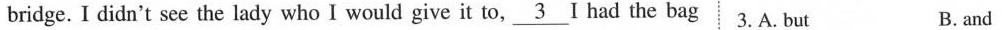
bridge. I didn't see the lady who I would give it to,\underline{3} I had the bag 3.A. But B. and